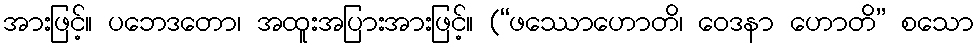
အားဖြင့်။ ပဘေဒတော၊ အထူးအပြားအားဖြင့်။ (“ဖဿောဟောတိ၊ ဝေဒနာ ဟောတိ” စသော